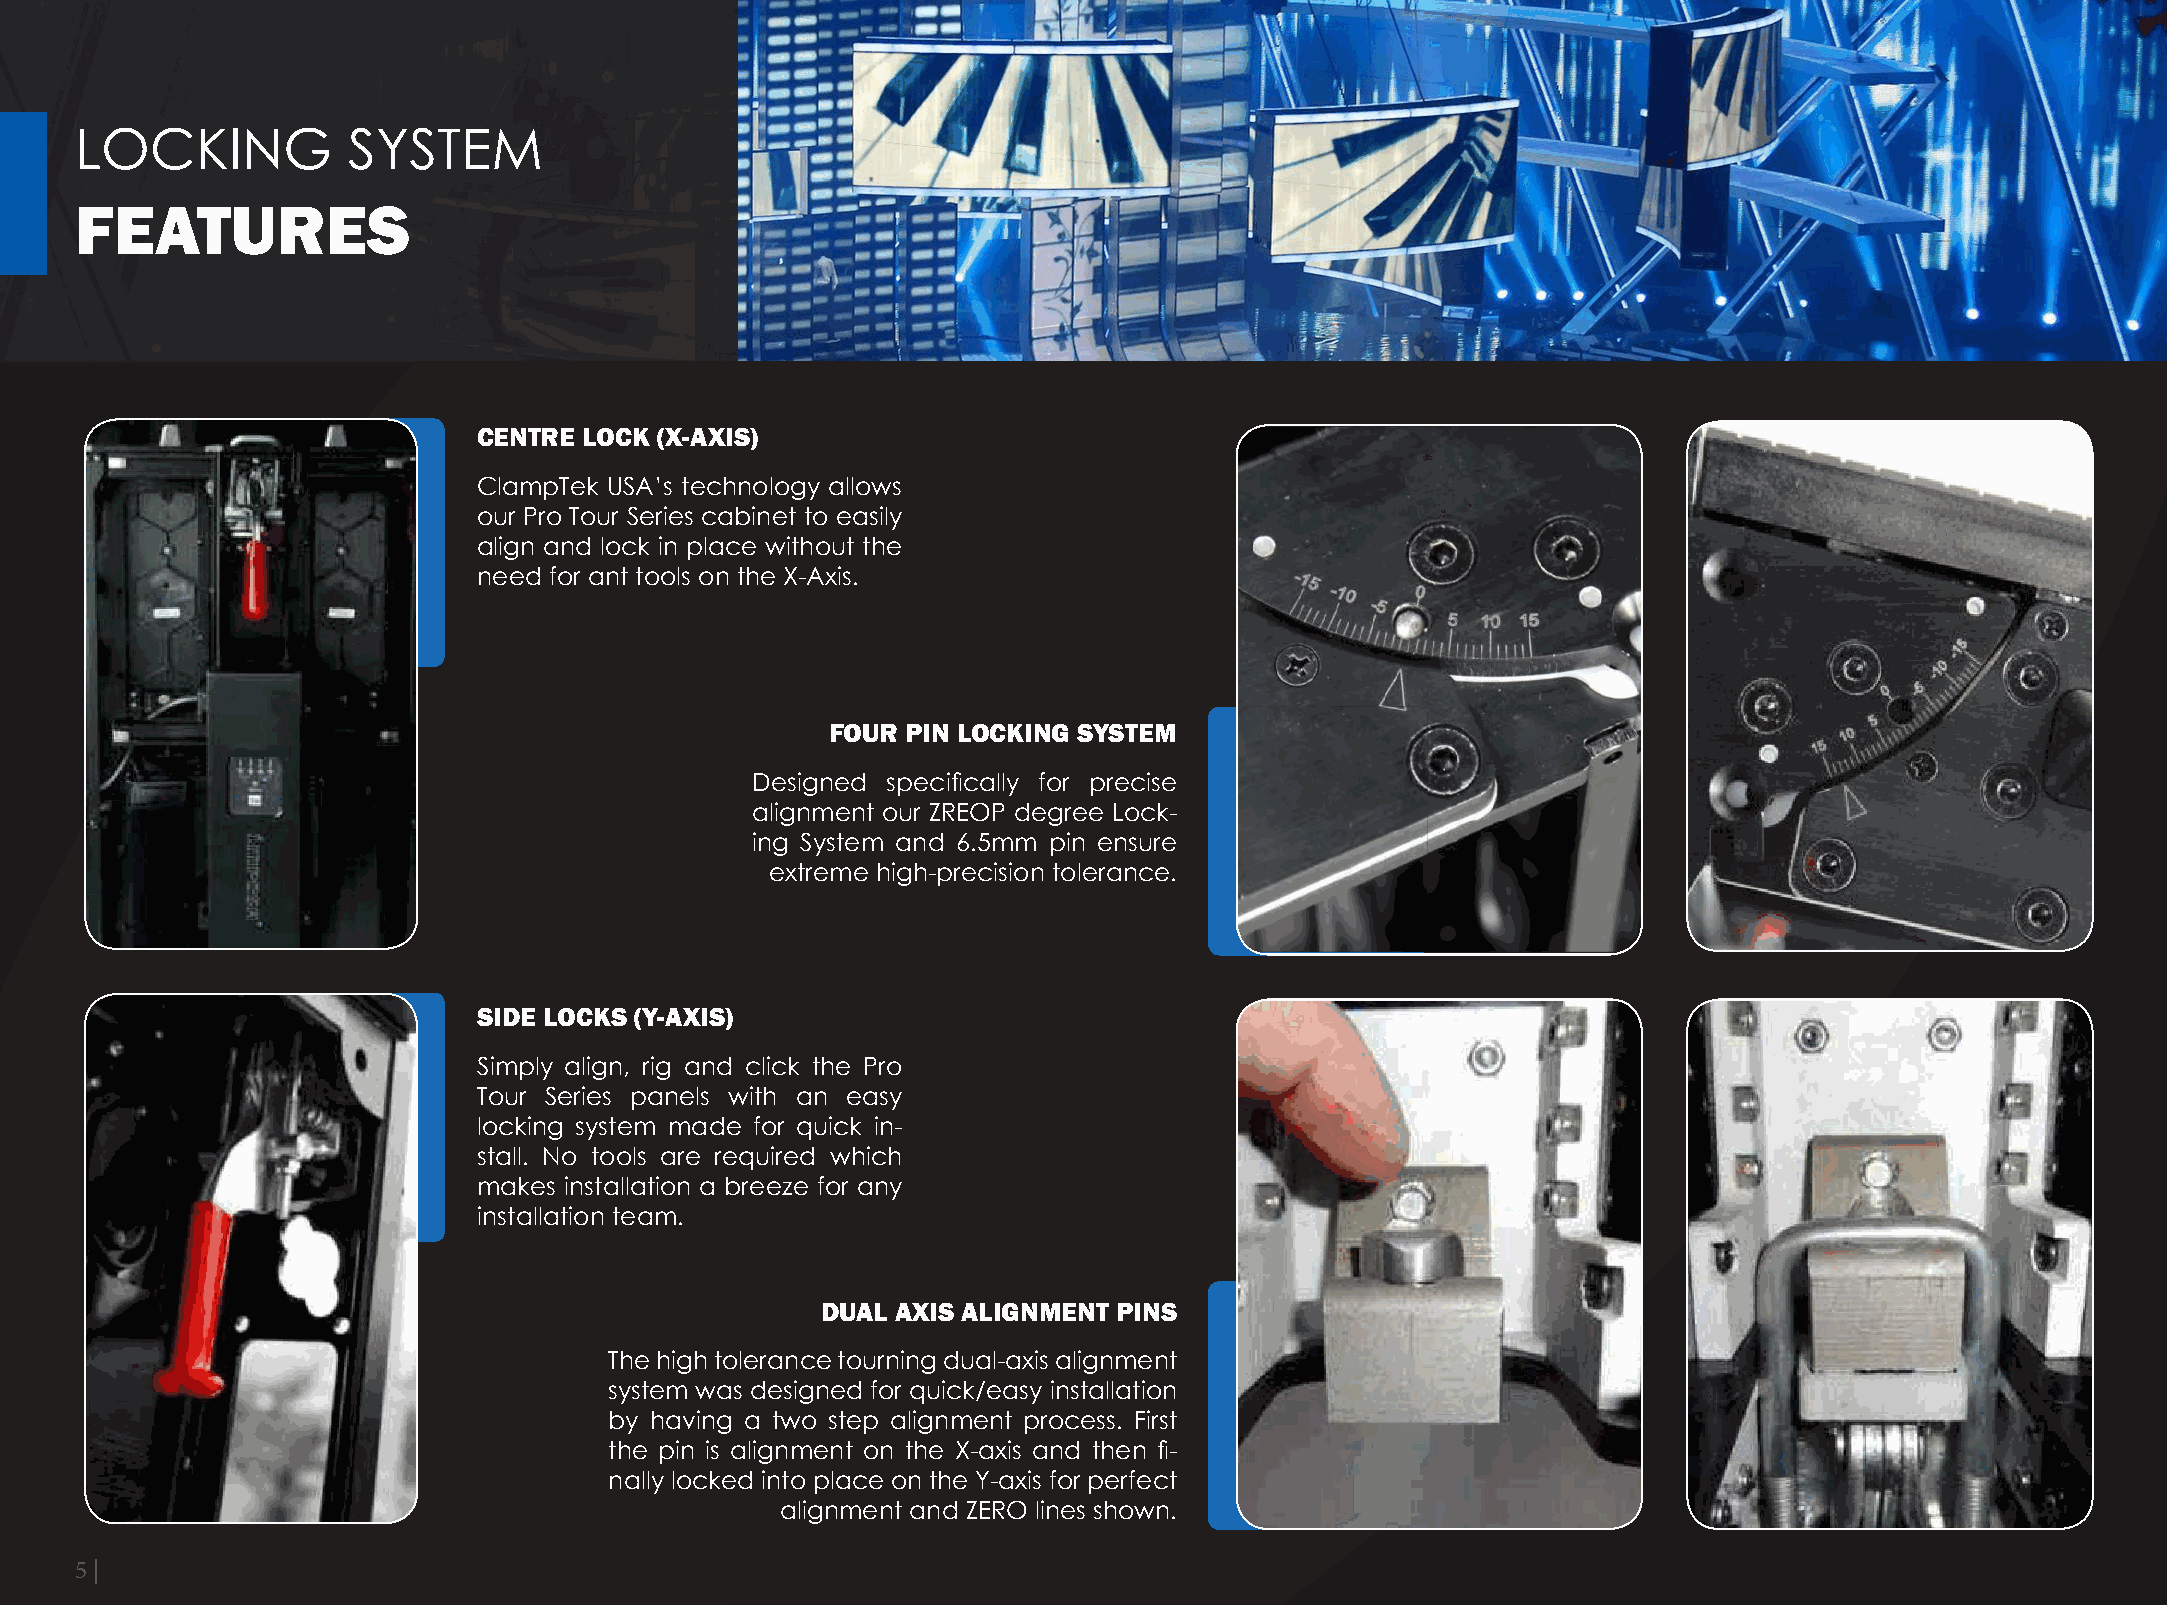
LOCKING           SYSTEM
 FEATURES
 CENTRE LOCK (X-A XIS)
 ClampTek USA’s technology allows
 our Pro Tour Series cabinet to easily
 align and lock in place without the
 need for ant tools on the X-Axis.
 FOUR PIN LOCKING SYSTEM
 Designed specifically for precise
 alignment our ZREOP degree Lock-
 ing System and 6.5mm pin ensure
 extreme high-precision tolerance.
 SIDE LOCKS (Y-AXIS)
 Simply align, rig and click the Pro
 Tour Series panels with an easy
 locking system made for quick in-
 stall. No tools are required which
 makes installation a breeze for any
 installation team.
 DUAL AXIS ALIGNMENT PINS
 The high tolerance tourning dual-axis alignment
 system was designed for quick/easy installation
 by having a two step alignment process. First
 the pin is alignment on the X-axis and then fi-
 nally locked into place on the Y-axis for perfect
 alignment and ZERO lines shown.
 5 |